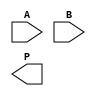
module wallace_tree_multiplier #(parameter N = 8) (
    input  wire [N-1:0] A,
    input  wire [N-1:0] B,
    output wire [2*N-1:0] P
);

    // Partial Product Generation
    wire [N-1:0] pp [0:N-1]; // Partial products
    genvar i, j;
    generate
        for (i = 0; i < N; i = i + 1) begin : pp_gen
            assign pp[i] = A & {N{B[i]}};
        end
    endgenerate

    // Wallace Tree Reduction
    wire [N+1:0] sum [0:N-1]; // Sums at each level
    wire [N-1:0] carry [0:N-1]; // Carries at each level

    // Initial stage: first level of partial products
    generate
        for (i = 0; i < N; i = i + 1) begin : first_level
            assign sum[i] = {1'b0, pp[i]}; // Extend to N+1 bits
            assign carry[i] = 0; // No carry in the first stage
        end
    endgenerate

    // Wallace Tree Reduction Logic
    genvar level;
    for (level = 0; level < N-1; level = level + 1) begin : reduction
        for (i = 0; i < (N >> level); i = i + 1) begin : adders
            if (i < (N >> level) - 1) begin
                // Use full adders for three inputs
                wire [N+1:0] a = sum[i][N:0] + carry[i][N:0];
                wire [N+1:0] b = sum[i+1][N:0];
                assign {carry[i], sum[i]} = a + b;
            end else begin
                // Last pair of sums, use half adder
                assign sum[i] = sum[i][N:0] + carry[i][N:0];
                assign carry[i] = 0; // No carry out
            end
        end
    end

    // Final Addition
    wire [2*N-1:0] final_sum;
    wire [2*N-1:0] final_carry;

    assign final_sum = sum[0][N:0] + carry[0][N:0];

    // Output the final product
    assign P = final_sum;

endmodule